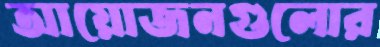
আয়োজনগুলোর